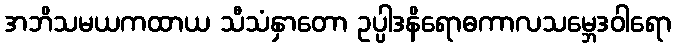
အဘိသမယကထာယ သီသံနှာတော ဥပ္ပါဒနိရောဓကာလသမ္ဘေဒဝါရော